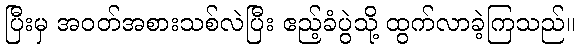
ပြီးမှ အဝတ်အစားသစ်လဲပြီး ဧည့်ခံပွဲသို့ ထွက်လာခဲ့ကြသည်။